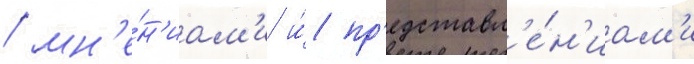
/ мн'е́н'иам'и и́ пр'едставл'е́н'иам'и